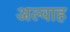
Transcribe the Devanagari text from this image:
अल्वाह